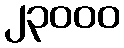
၂၃၀၀၀